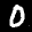
Label: 0